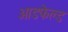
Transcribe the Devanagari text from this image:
आडफेल्ड